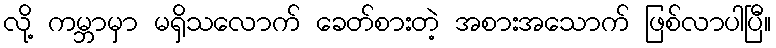
လို့ ကမ္ဘာမှာ မရှိသလောက် ခေတ်စားတဲ့ အစားအသောက် ဖြစ်လာပါပြီ။